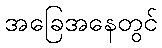
အခြေအနေတွင်